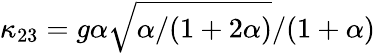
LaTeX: \kappa_{23}=g\alpha\sqrt{\alpha/(1+2\alpha)}/(1+\alpha)